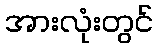
အားလုံးတွင်